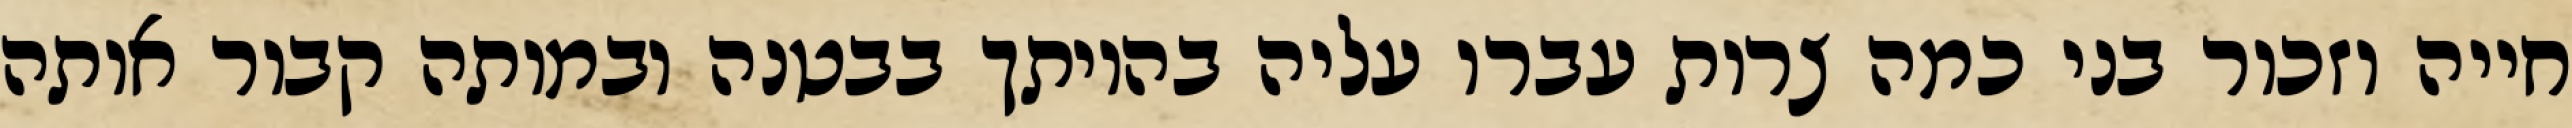
חייה וזכור בני כמה צרות עברו עליה בהיותך בבטנה ובמותה קבור אותה